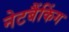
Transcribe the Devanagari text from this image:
नेटबैंकिंग